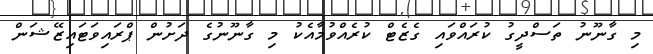
މި ގާނޫނު ތަސްދީގު ކުރައްވައި ގެޒެޓް ކުރެއްވުމާއެކު މި ގާނޫނުގެ ދަށުން ޕްރައިވަޓައިޒޭޝަން